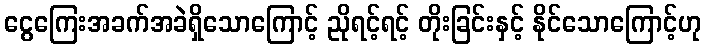
ငွေကြေးအခက်အခဲရှိသောကြောင့် ညိုရင့်ရင့် တိုးခြင်းနှင့် နိုင်သောကြောင့်ဟု